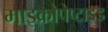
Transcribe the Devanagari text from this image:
माइक्रोपेप्टाइड